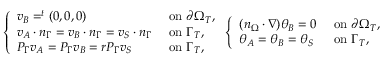
\left\{ \begin{array} { l l } { v _ { B } = ^ { t } ( 0 , 0 , 0 ) } & { \mathrm { ~ o n ~ } \partial \Omega _ { T } , } \\ { v _ { A } \cdot n _ { \Gamma } = v _ { B } \cdot n _ { \Gamma } = v _ { S } \cdot n _ { \Gamma } } & { \mathrm { ~ o n ~ } \Gamma _ { T } , } \\ { P _ { \Gamma } v _ { A } = P _ { \Gamma } v _ { B } = r P _ { \Gamma } v _ { S } } & { \mathrm { ~ o n ~ } \Gamma _ { T } , } \end{array} \right. \left\{ \begin{array} { l l } { ( n _ { \Omega } \cdot \nabla ) \theta _ { B } = 0 } & { \mathrm { ~ o n ~ } \partial \Omega _ { T } , } \\ { \theta _ { A } = \theta _ { B } = \theta _ { S } } & { \mathrm { ~ o n ~ } \Gamma _ { T } , } \end{array} \right.